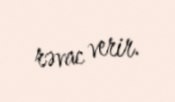
rəvac verir.